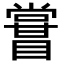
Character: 𥋤